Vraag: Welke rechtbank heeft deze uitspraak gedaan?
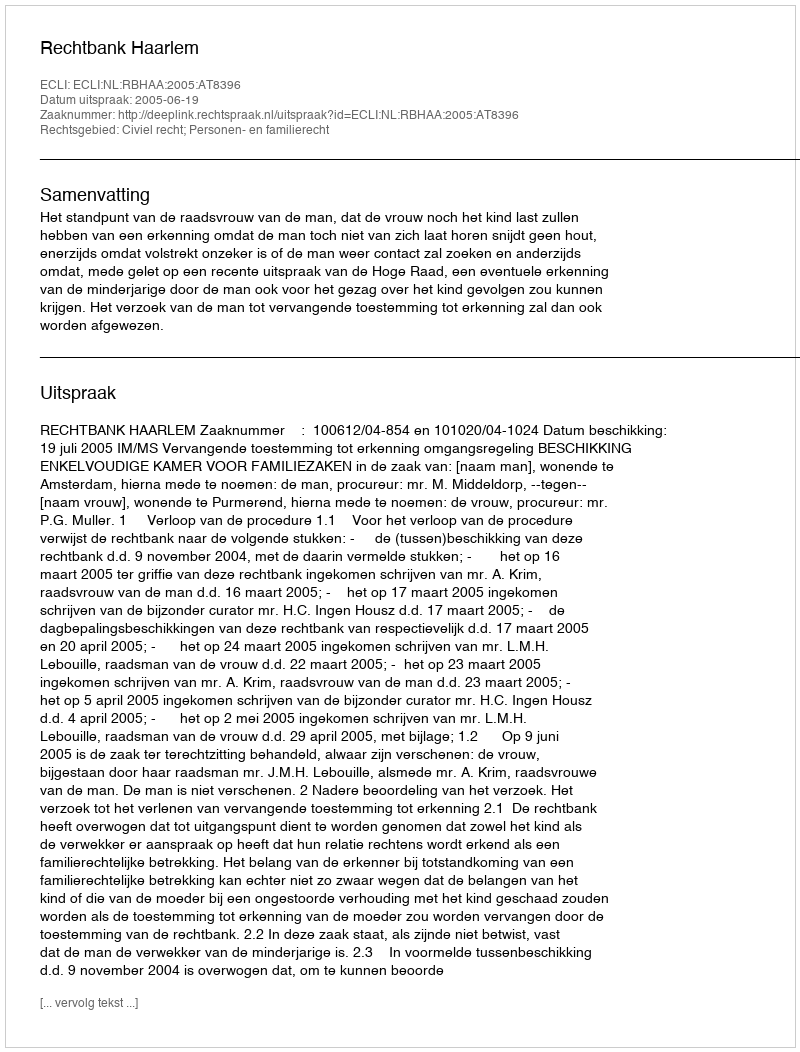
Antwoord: Rechtbank Haarlem